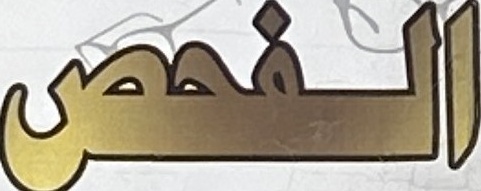
الفحص